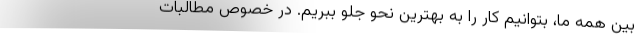
بین همه ما، بتوانیم کار را به بهترین نحو جلو ببریم. در خصوص مطالبات